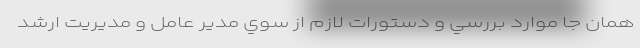
همان جا موارد بررسي و دستورات لازم از سوي مدير عامل و مديريت ارشد